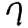
Digit: 7